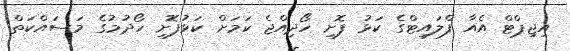
އިޖިޕްޓް އެއާ ފްލައިޓްގެ ކަޅު ފޮށި ހޯދިއްޖެ ކަމަށް ކަޅުފޮށި ހޯދުމުގެ މަސައްކަތް